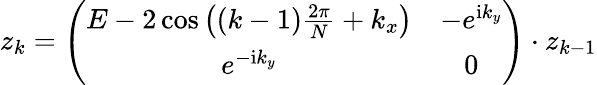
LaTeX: z_{k}=\left(\begin{array}{cc}{{E-2\cos\left((k-1)\frac{2\pi}{N}+k_{x}\right)}}&{{-e^{{\mathrm i}k_{y}}}}\\ {{e^{-{\mathrm i}k_{y}}}}&{{0}}\end{array}\right)\cdot z_{k-1}